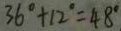
3 6 ^ { \circ } + 1 2 ^ { \circ } = 4 8 ^ { \circ }